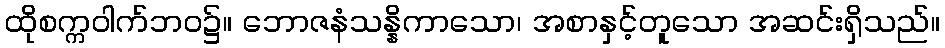
ထိုစက္ကဝါက်ဘဝ၌။ ဘောဇနံသန္နိကာသော၊ အစာနှင့်တူသော အဆင်းရှိသည်။